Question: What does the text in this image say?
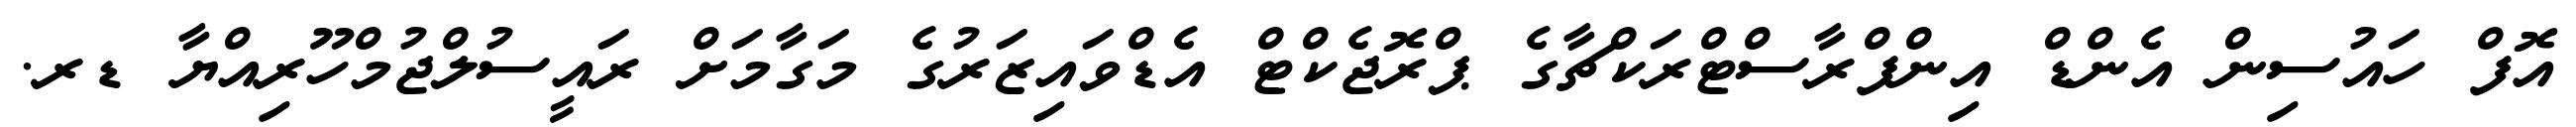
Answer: އޮފް ހައުސިން އެންޑް އިންފްރާސްޓްރަކްޗާގެ ޕްރޮޖެކްޓް އެޑްވައިޒަރުގެ މަގާމަށް ރައީސުލްޖުމްހޫރިއްޔާ ޑރ.